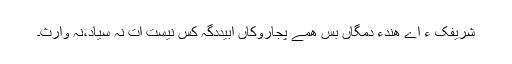
شریفک ءَ اے ھَندءُُ دَمگاں بس ھمے پجاروکاں اَبیددگہ کَس نِیست اَت نہ سیاد،نہ وارث۔